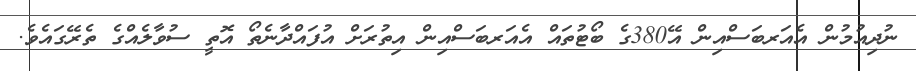
ނުދިއުމުން އެއަރބަސްއިން އޭ380ގެ ބޯޓުތައް އެއަރބަސްއިން އިތުރަށް އުފައްދާނެތޯ އޮތީ ސުވާލެއްގެ ތެރޭގައެވެ.